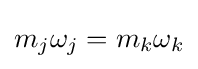
m_{j}\omega _{j}=m_{k}\omega _{k}